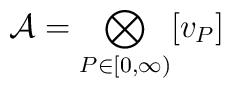
{\mathcal{A}}=\bigotimes_{P\in\lbrack0,\infty)}[v_{P}]